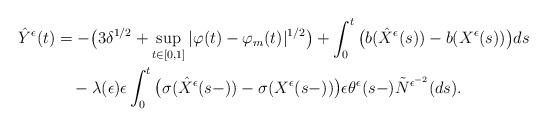
LaTeX: \begin{align*}\hat{Y}^{\epsilon}(t)&=-\big(3\delta^{1/2}+\sup_{t\in[0,1]}|\varphi(t)-\varphi_m(t)|^{1/2}\big)+\int^{t}_{0}\big(b(\hat{X}^{\epsilon}(s))-b(X^{\epsilon}(s))\big)ds\\&\quad-\lambda(\epsilon)\epsilon\int^{t}_{0}\big(\sigma(\hat{X}^{\epsilon}(s-))-\sigma(X^{\epsilon}(s-))\big)\epsilon\theta^{\epsilon}(s-)\tilde{N}^{\epsilon^{-2}}(ds).\end{align*}